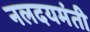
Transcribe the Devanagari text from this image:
नलदयमंती